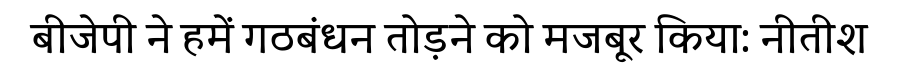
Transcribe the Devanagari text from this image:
बीजेपी ने हमें गठबंधन तोड़ने को मजबूर किया: नीतीश